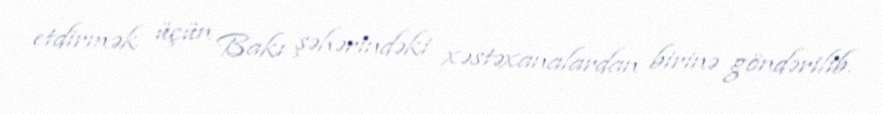
etdirmək üçün Bakı şəhərindəki xəstəxanalardan birinə göndərilib.